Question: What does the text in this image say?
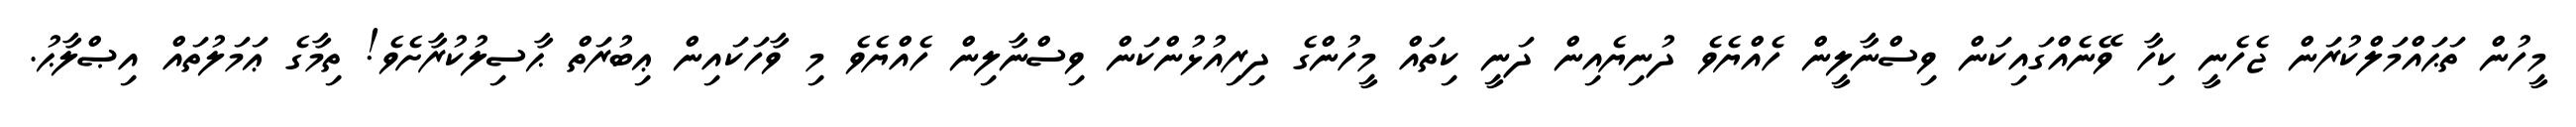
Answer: މީހުން ތަޙައްމަލްކުރަން ޖެހެނީ ކިހާ ވޭނެއްގައިކަން ވިސްނާލީން ހެއްޔެވެ ދުނިޔެއިން ދަނީ ކިތައް މީހުންގެ ދިރިއުޅުންކަން ވިސްނާލިން ހެއްޔެވެ މި ވާހަކައިން ޢިބުރަތް ޙާސިލުކުރާށެވެ! ތިމާގެ ޢަމަލުތައް އިޞްލާޙު.